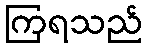
ကြရသည်